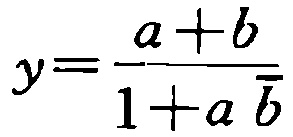
$y=\frac{a + b}{1 + a \bar{b}}$